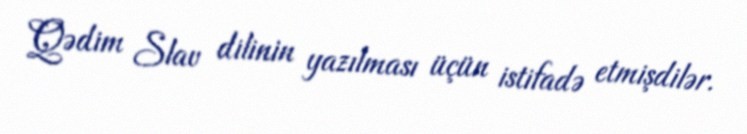
Qədim Slav dilinin yazılması üçün istifadə etmişdilər.